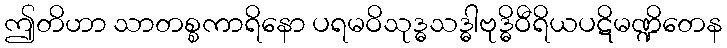
ဤတိဟာ သာတစ္စကာရိနော ပရမဝိသုဒ္ဓသဒ္ဓါဗုဒ္ဓိဝီရိယပဋိမဏ္ဍိတေန